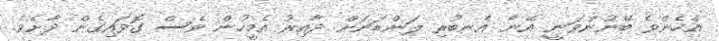
އެހެންވެ ބޭނުންވަނީ އޭނާ އެނބުރި ލަންޑަނަށް ދާއިރު އެމީހުން ވެސް ގޮވައިގެން ދާށެވެ.